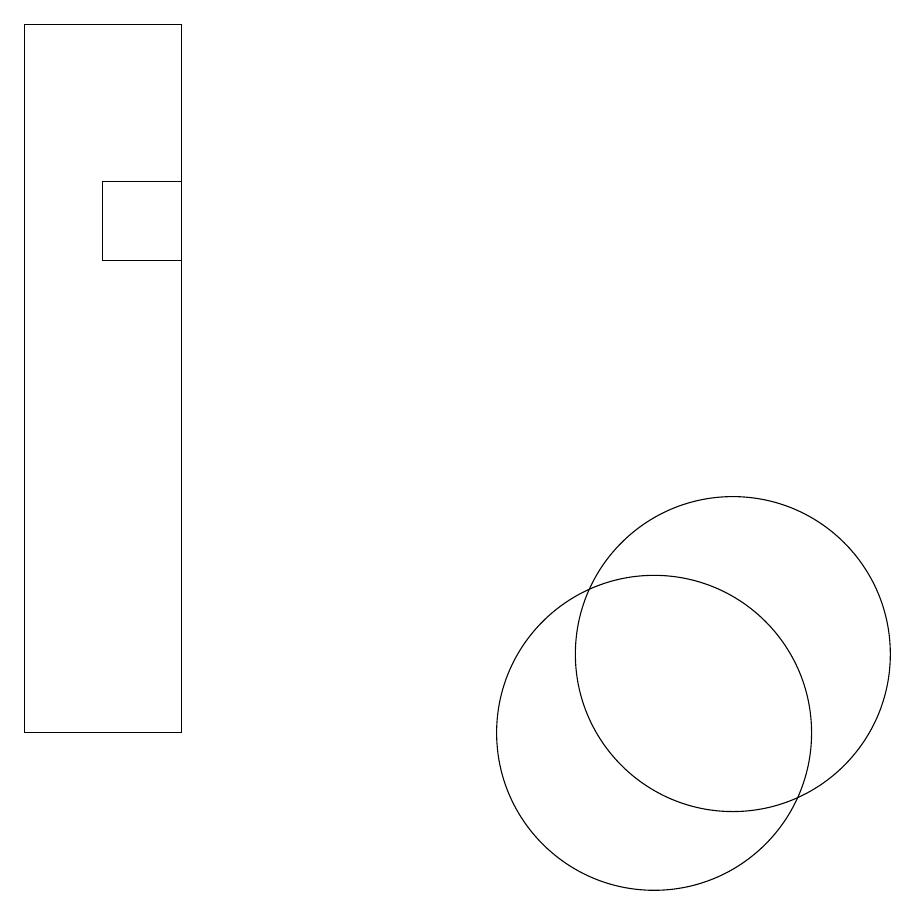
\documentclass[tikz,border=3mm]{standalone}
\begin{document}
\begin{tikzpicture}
\draw (4,16) rectangle (3,17);
\draw (10,10) circle (2);
\draw (11,11) circle (2);
\draw (2,10) rectangle (4,19);
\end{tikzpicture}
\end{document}